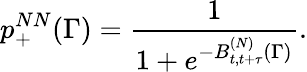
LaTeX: p_{+}^{NN}(\Gamma)=\frac{1}{1+e^{-B_{t,t+\tau}^{(N)}(\Gamma)}}.